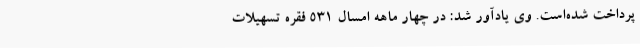
پرداخت شده‌است. وی یادآور شد: در چهار ماهه امسال 531 فقره تسهیلات